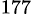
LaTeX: ^{177}